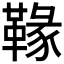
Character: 𩌁